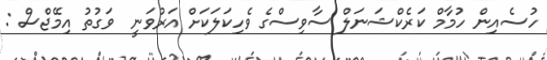
ހުސެއިން ހުމާމް ކަރެކްޝަނަލް ސާވިސްގެ ވެހިކަލަކަށް އަރުވަނީ  ވަގުތު އިމޭޖްސް :